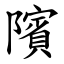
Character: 䧬